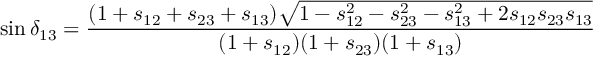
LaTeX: \sin \delta _ { 1 3 } = \frac { ( 1 + s _ { 1 2 } + s _ { 2 3 } + s _ { 1 3 } ) \sqrt { 1 - s _ { 1 2 } ^ { 2 } - s _ { 2 3 } ^ { 2 } - s _ { 1 3 } ^ { 2 } + 2 s _ { 1 2 } s _ { 2 3 } s _ { 1 3 } } } { ( 1 + s _ { 1 2 } ) ( 1 + s _ { 2 3 } ) ( 1 + s _ { 1 3 } ) }